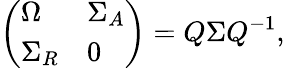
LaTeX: \left(\begin{array}{ll}{{\Omega}}&{{\Sigma_{A}}}\\ {{\Sigma_{R}}}&{{0}}\end{array}\right)=Q\Sigma Q^{-1},